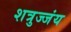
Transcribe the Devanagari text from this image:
शत्रुज्जंय